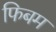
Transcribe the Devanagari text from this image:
फिबम